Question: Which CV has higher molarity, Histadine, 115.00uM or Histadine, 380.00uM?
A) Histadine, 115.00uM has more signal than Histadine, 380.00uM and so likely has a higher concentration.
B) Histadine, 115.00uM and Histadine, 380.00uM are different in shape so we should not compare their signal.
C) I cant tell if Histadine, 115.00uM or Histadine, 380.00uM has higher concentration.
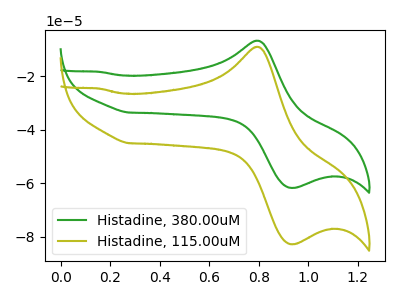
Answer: <think>The green curve "Histadine, 380.00uM" has an anodic peak at (0.80V, -6.75uA) and a cathodic peak at (0.95V, -61.75uA). The olive curve "Histadine, 115.00uM" has an anodic peak at (0.80V, -9.05uA) and a cathodic peak at (0.95V, -82.75uA).
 All the peaks in "Histadine, 115.00uM" have a peak in "Histadine, 380.00uM" at the same potential.</think>
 <answer>C) I cant tell if "Histadine, 115.00uM" or "Histadine, 380.00uM" has higher concentration.</answer>
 <eval>C</eval>